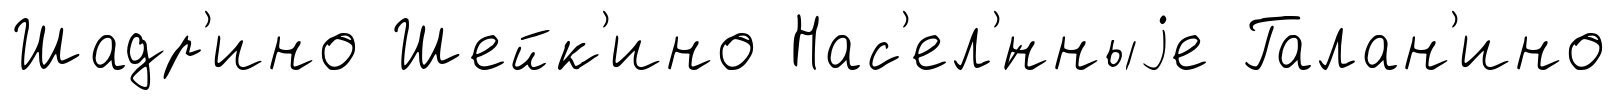
Шадр'ино Шейк'ино Нас'ел'́нныjе Галан'ино